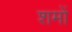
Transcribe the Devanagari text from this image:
शमों